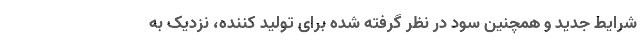
شرایط جدید و همچنین سود در نظر گرفته شده برای تولید کننده، نزدیک به